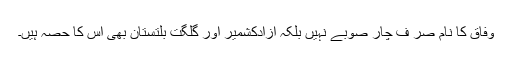
وفاق کا نام صر ف چار صوبے نہیں بلکہ آزادکشمیر اور گلگت بلتستان بھی اس کا حصہ ہیں۔